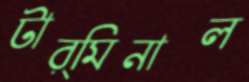
টার্মিনাল